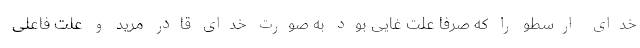
خدای ارسطو را که صرفاً علت غایی بود به صورت خدای قادر مرید و علت فاعلی